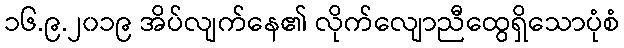
၁၆.၉.၂၀၁၉ အိပ်လျက်နေ၏ လိုက်လျောညီထွေရှိသောပုံစံ